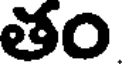
తం